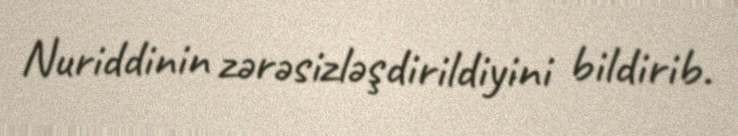
Nuriddinin zərəsizləşdirildiyini bildirib.